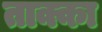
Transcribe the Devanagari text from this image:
ताक्का